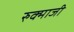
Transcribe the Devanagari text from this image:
रुक्माजी